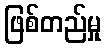
ဖြစ်တည်မှု